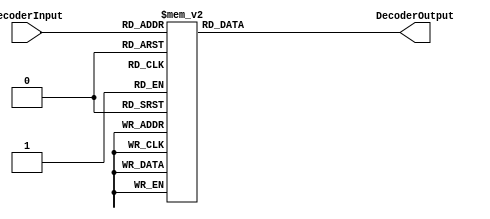
/*
Course Number: 5440
Author: Gantabya Kadel, 8522
Module Name: LetterSevenSegDecoder
Description: Custom Letter Seven Segment Decoder Module. Module created for Team Q4's Advanced Digital Design Final Project.
	     A-Z letters covered. Exculed Letters are K, M, V, W, X, Z
	     Also includes number symbols 1 - 9
 Comments: Made to display letter for User Authentication
*/
module LetterSevenSegDecoder(DecoderInput, DecoderOutput);
	input[4:0] DecoderInput;
	output[6:0] DecoderOutput;
	reg[6:0] DecoderOutput;

	always@(DecoderInput)
		begin
			case(DecoderInput)
				5'b00000: begin DecoderOutput = 7'b1111111; end // Blank
				5'b00001: begin DecoderOutput = 7'b0001000; end // A
				5'b00010: begin DecoderOutput = 7'b0000011; end // b
				5'b00011: begin DecoderOutput = 7'b1000110; end // c
				5'b00100: begin DecoderOutput = 7'b0100001; end // d
				5'b00101: begin DecoderOutput = 7'b0000110; end // e
				5'b00110: begin DecoderOutput = 7'b0001110; end // f
				5'b00111: begin DecoderOutput = 7'b0010000; end // g
				5'b01000: begin DecoderOutput = 7'b0001001; end // H
				5'b01001: begin DecoderOutput = 7'b1111001; end // i
				5'b01010: begin DecoderOutput = 7'b1110000; end // j
				5'b01011: begin DecoderOutput = 7'b1000111; end // l
				5'b01100: begin DecoderOutput = 7'b1001000; end // n
				5'b01101: begin DecoderOutput = 7'b1000000; end // o
				5'b01110: begin DecoderOutput = 7'b0001100; end // p
				5'b01111: begin DecoderOutput = 7'b0011000; end // q
				5'b10000: begin DecoderOutput = 7'b0101111; end // r
				5'b10001: begin DecoderOutput = 7'b0010010; end // s
				5'b10010: begin DecoderOutput = 7'b0000111; end // t
				5'b10011: begin DecoderOutput = 7'b1000001; end // u
				5'b10100: begin DecoderOutput = 7'b0011001; end // y
			// Number symbols below
				5'b10101: begin DecoderOutput = 7'b1111001; end //1
				5'b10110: begin DecoderOutput = 7'b0100100; end //2
				5'b10111: begin DecoderOutput = 7'b0110000; end //3
				5'b11000: begin DecoderOutput = 7'b0011001; end //4
				5'b11001: begin DecoderOutput = 7'b0010010; end //5
				5'b11010: begin DecoderOutput = 7'b0000010; end //6
				5'b11011: begin DecoderOutput = 7'b1111000; end //7
				5'b11100: begin DecoderOutput = 7'b0000000; end //8
				5'b11101: begin DecoderOutput = 7'b0011000; end //9
				default: begin DecoderOutput = 7'b1111111;  end //blank
			endcase
		end
endmodule